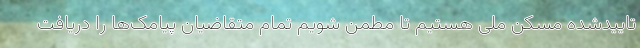
تاییدشده مسکن ملی هستیم تا مطمن شویم تمام متقاضیان پیامک‌ها را دریافت